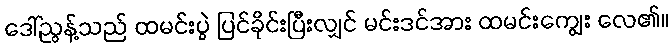
ဒေါ်ညွန့်သည် ထမင်းပွဲ ပြင်ခိုင်းပြီးလျှင် မင်းဒင်အား ထမင်းကျွေး လေ၏။